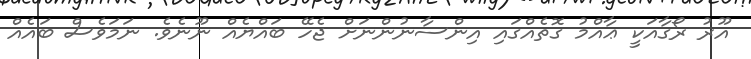
އޫރު ރޯގާއަކީ ޢާއްމު ގޮތެއްގައި އިންސާނުންނަށް ޖެހޭ ބައްޔެއް ނޫނެވެ. ނަމަވެސް ބައެއް